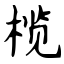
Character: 榄